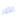
الأمر